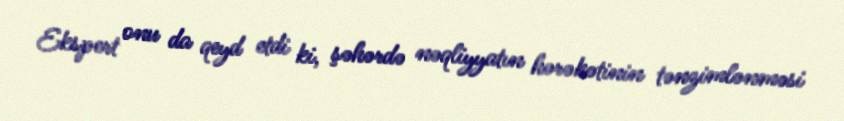
Ekspert onu da qeyd etdi ki, şəhərdə nəqliyyatın hərəkətinin tənzimlənməsi